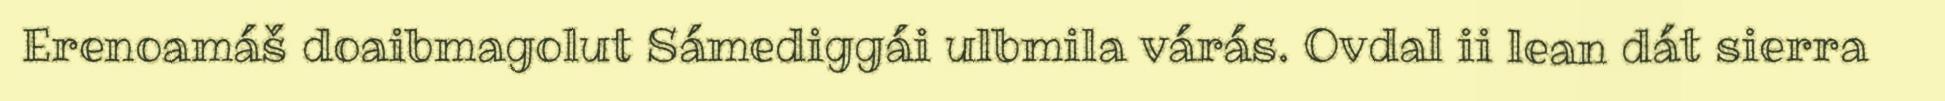
Erenoamáš doaibmagolut Sámediggái ulbmila várás. Ovdal ii lean dát sierra